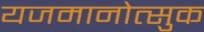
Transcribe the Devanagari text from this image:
यजमानोत्सुक